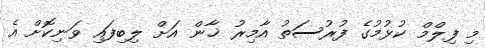
މި ފިލްމް ކުޅުމުގެ ފުރުސަތު އާމިރު ޚާން އަށް ލިބިފައި ވަނިކޮށް އެ